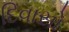
દિવાસો